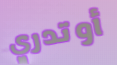
أوتدري